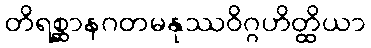
တိရစ္ဆာနဂတမနုဿဝိဂ္ဂဟိတ္ထိယာ